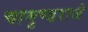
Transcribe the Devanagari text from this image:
चामुण्डराजे